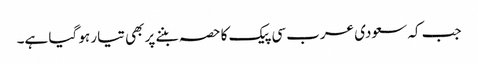
جب کہ سعودی عرب سی پیک کا حصہ بننے پر بھی تیار ہو گیا ہے۔